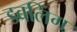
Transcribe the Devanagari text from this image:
डबलिंग